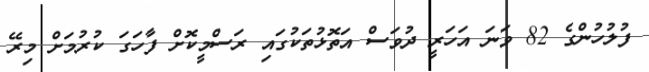
ފުލުހުންގެ 82 ވަނަ އަހަރީ ދުވަސް އަތޮޅުތަކުގައި ރަސްމީކޮށް ފާހަގަ ކުރުމަށް މިރޭ